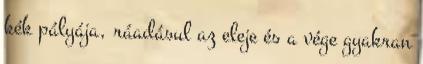
kék pályája, ráadásul az eleje és a vége gyakran